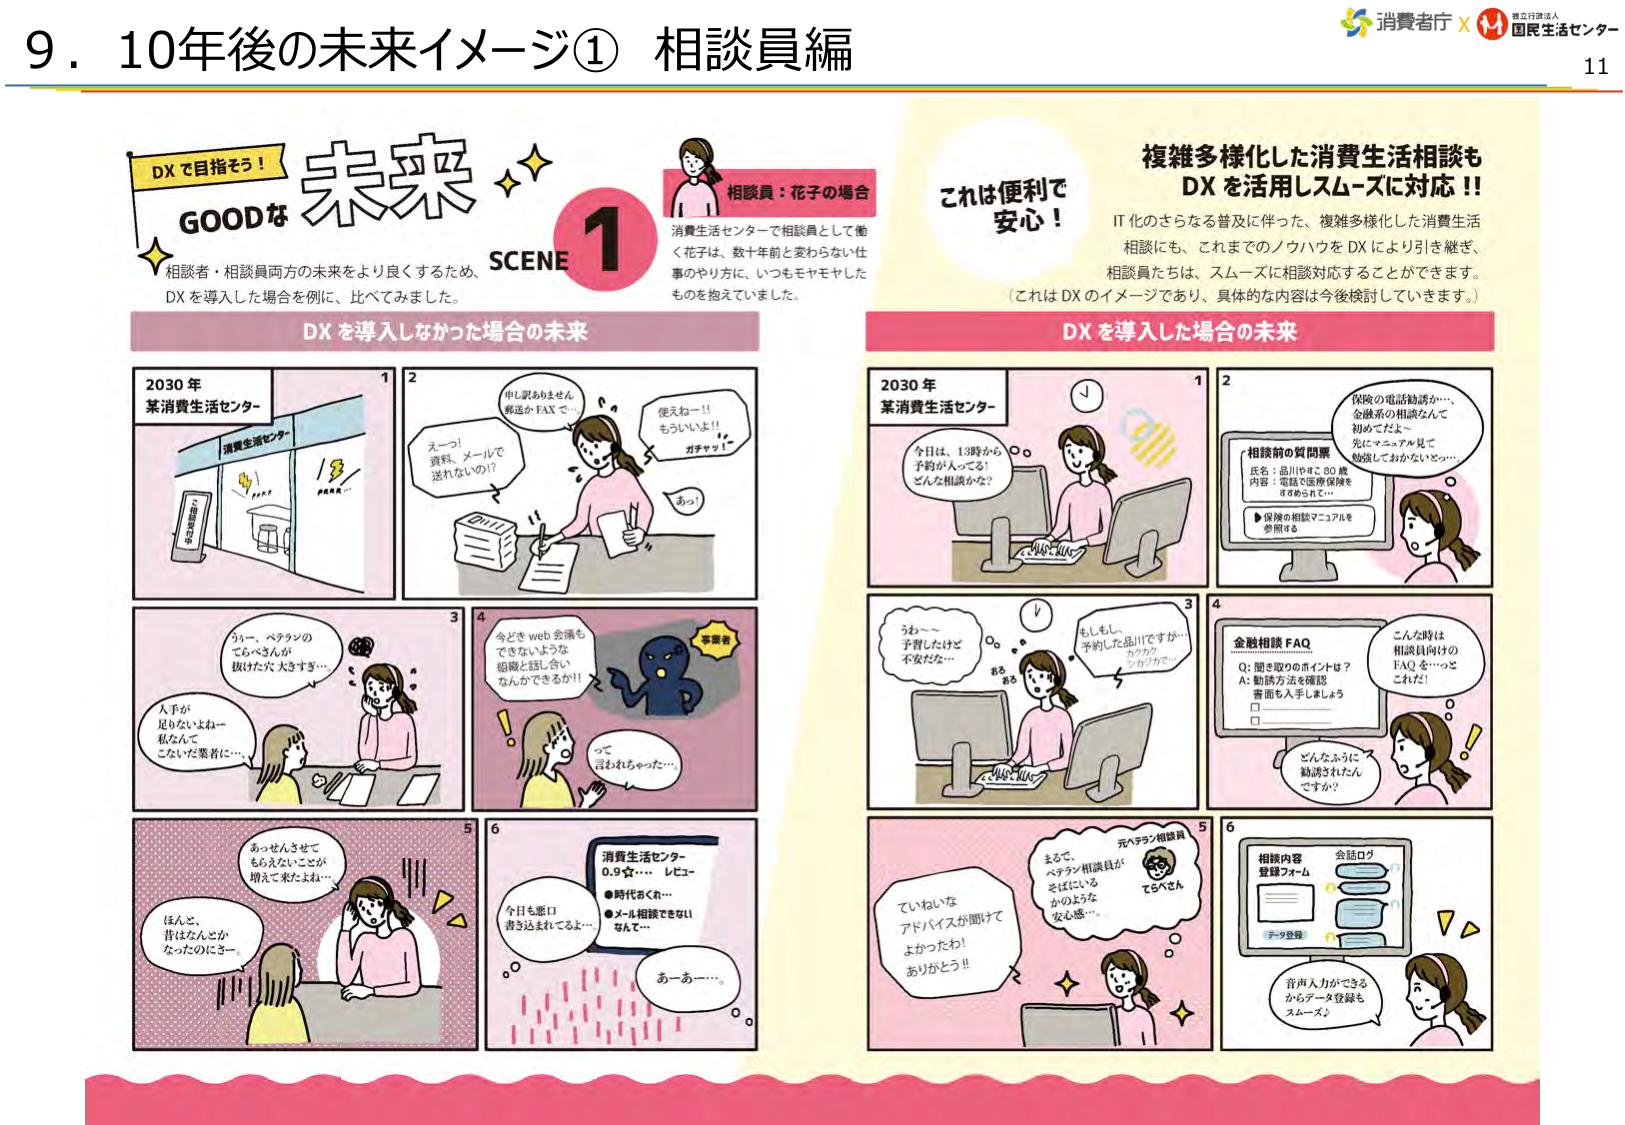
9．10年後の未来イメージ① 相談員編

DXで目指そう！
GOODな 未来
SCENE 1

相談員：花子の場合
消費生活センターで相談員として働く花子は、数十年前と変わらない仕事のやり方に、いつもモヤモヤしたものを抱えていました。

複雑多様化した消費生活相談も
DXを活用しスムーズに対応！！

IT化のさらなる普及に伴った、複雑多様化した消費生活相談にも、これまでのノウハウをDXにより引き継ぎ、相談員たちは、スムーズに相談対応することができます。
（これはDXのイメージであり、具体的な内容は今後検討していきます。）

DXを導入しなかった場合の未来

2030年
某消費生活センター

1
申し訳ありません
郵送かFAXで…

えーっ！
資料、メールで
送れないの？！

便えねー！！
もういいよ！！
ガチャ！

あっ！

2

3
うぅー、ベテランの
てらべさんガ
抜けた穴大きすぎ…

人手が
足りないよねー
私なんて
こないだ業者に…

4
今どきweb会議も
できないような
組織と話し合い
なんかできるか！！
事務者

って
言われちゃった…

5
あっせんさせて
もらえないことが
増えて来たよね…

ほんと、
昔はなんとか
なったのにさー。

6
消費生活センター
0.9☆… レビュー
●時代遅れ…
●メール相談できない
なんて…

今日も窓口
書き込まれてよ…

あーあー…

DXを導入した場合の未来

2030年
某消費生活センター

1
今日は、13時から
予約が入ってる！
どんな相談かな？

2
保険の電話勧誘か…、
金融系の相談なんて
初めでだよー
先にマニュアル見て
勉強しておかないと…

相談前の質問票
氏名：品川 80歳
内容：電話で医療保険を
きめられた…

▶保険の相談マニュアルを
参照する

3
うぅ～～
予習したけど
不安だな…

もしも、
予約した品川ですが…
シカクカ
シカクカ…

4
金融相談 FAQ
Q：聞き取りのポイントは？
A：勧誘方法を確認
番面も入手しましょう
□
□

こんな時は
相談員向けの
FAQを…っと
これだ！

どんなふうに
勧誘されたん
ですか？

5
元ベテラン相談員
てらべさん

まるで、
ベテラン相談員が
そばにいる
かのような
安心感…

ていねいな
アドバイスが聞けて
よかったわ！
ありがとう！！

6
相談内容
登録フォーム
会話ログ
データ登録

音声入力ができる
からデータ登録も
スムーズ！

これは便利で
安心！

消費者庁 × 独立行政法人 国民生活センター
11